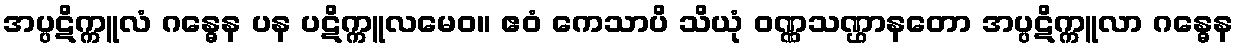
အပ္ပဋိက္ကူလံ ဂန္ဓေန ပန ပဋိက္ကူလမေဝ။ ဧဝံ ကေသာပိ သိယုံ ဝဏ္ဏသဏ္ဌာနတော အပ္ပဋိက္ကူလာ ဂန္ဓေန